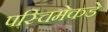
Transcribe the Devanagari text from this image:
पस्चिमेकडे